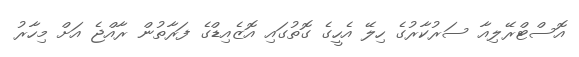
އޮސްޓްރޭލިއާ ސަރުކާރުގެ ހިލޭ އެހީގެ ގޮތުގައި އޮޒެއިޑްގެ ފަރާތުން ރާއްޖެ އަށް މިހާރު